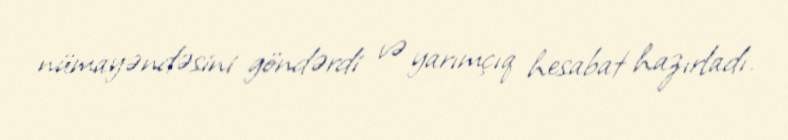
nümayəndəsini göndərdi və yarımçıq hesabat hazırladı.